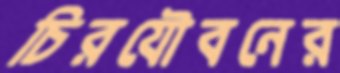
চিরযৌবনের